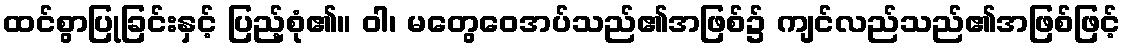
ထင်စွာပြုခြင်းနှင့် ပြည့်စုံ၏။ ဝါ၊ မတွေဝေအပ်သည်၏အဖြစ်၌ ကျင်လည်သည်၏အဖြစ်ဖြင့်